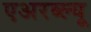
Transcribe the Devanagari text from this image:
एअरब्ल्यू